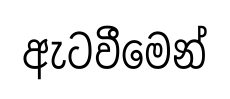
ඇටවීමෙන්